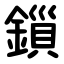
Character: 鎻